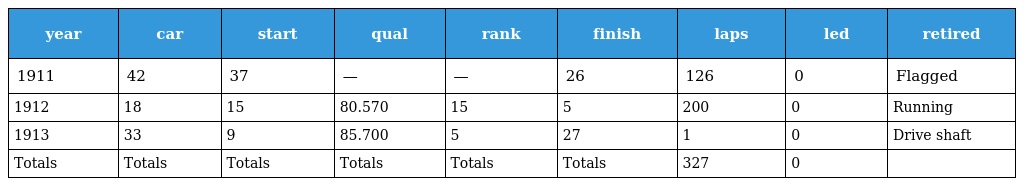
| year | car | start | qual | rank | finish | laps | led | retired |
 | --- | --- | --- | --- | --- | --- | --- | --- | --- |
 | 1911 | 42 | 37 | — | — | 26 | 126 | 0 | Flagged |
 | 1912 | 18 | 15 | 80.570 | 15 | 5 | 200 | 0 | Running |
 | 1913 | 33 | 9 | 85.700 | 5 | 27 | 1 | 0 | Drive shaft |
 | Totals | Totals | Totals | Totals | Totals | Totals | 327 | 0 |  |